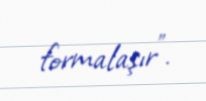
formalaşır”.